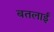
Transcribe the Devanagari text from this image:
बतलाईं